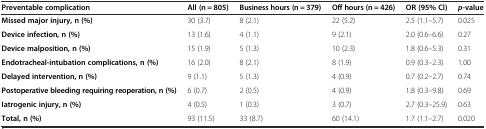
<table><thead><tr><td><b>Preventable complication</b></td><td><b>All (n = 805)</b></td><td><b>Business hours (n = 379)</b></td><td><b>Off hours (n = 426)</b></td><td><b>OR (95% CI)</b></td><td><b><i>p</i>-value</b></td></tr></thead><tbody><tr><td><b>Missed major injury, n (%)</b></td><td>30 (3.7)</td><td>8 (2.1)</td><td>22 (5.2)</td><td>2.5 (1.1–5.7)</td><td>0.025</td></tr><tr><td><b>Device infection, n (%)</b></td><td>13 (1.6)</td><td>4 (1.1)</td><td>9 (2.1)</td><td>2.0 (0.6–6.6)</td><td>0.27</td></tr><tr><td><b>Device malposition, n (%)</b></td><td>15 (1.9)</td><td>5 (1.3)</td><td>10 (2.3)</td><td>1.8 (0.6–5.3)</td><td>0.31</td></tr><tr><td><b>Endotracheal-intubation complications, n (%)</b></td><td>16 (2.0)</td><td>8 (2.1)</td><td>8 (1.9)</td><td>0.9 (0.3–2.3)</td><td>1.00</td></tr><tr><td><b>Delayed intervention, n (%)</b></td><td>9 (1.1)</td><td>5 (1.3)</td><td>4 (0.9)</td><td>0.7 (0.2–2.7)</td><td>0.74</td></tr><tr><td><b>Postoperative bleeding requiring reoperation, n (%)</b></td><td>6 (0.7)</td><td>2 (0.5)</td><td>4 (0.9)</td><td>1.8 (0.3–9.8)</td><td>0.69</td></tr><tr><td><b>Iatrogenic injury, n (%)</b></td><td>4 (0.5)</td><td>1 (0.3)</td><td>3 (0.7)</td><td>2.7 (0.3–25.9)</td><td>0.63</td></tr><tr><td><b>Total, n (%)</b></td><td>93 (11.5)</td><td>33 (8.7)</td><td>60 (14.1)</td><td>1.7 (1.1–2.7)</td><td>0.020</td></tr></tbody></table>